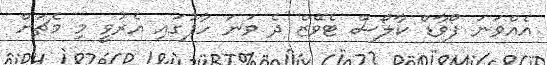
އެއްވަނަ ފޯވާޑް ކާލޯސް ޓެވޭޒް ދެ ވަނަ ހާފުގައި އެރުވީ މި މެޗަށް